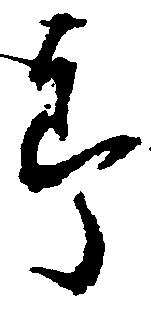
郎